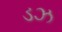
ડઝ